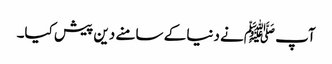
آپ ﷺنے دنیا کے سامنے دین پیش کیا۔